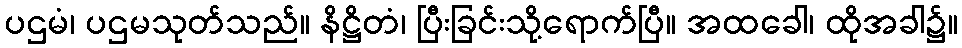
ပဌမံ၊ ပဌမသုတ်သည်။ နိဋ္ဌိတံ၊ ပြီးခြင်းသို့ရောက်ပြီ။ အထခေါ၊ ထိုအခါ၌။